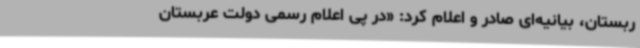
ربستان، بیانیه‌ای صادر و اعلام کرد: «در پی اعلام رسمی دولت عربستان